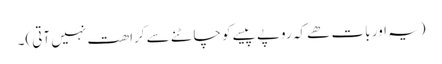
(یہ اور بات ھے کہ روپے پیسے کو چاٹنے سے کراھت نہیں آتی)۔